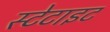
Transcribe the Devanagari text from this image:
स्टेटाइट